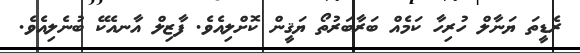
ރެޑީތަ ޔަނާލް ހުރިހާ ކަމެއް ބަރާބަރުތޯ ޔަޤީން ކޮށްލިއެވެ. ފާޒިލް އާނއެކޭ ބުނެލިއެވެ.